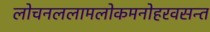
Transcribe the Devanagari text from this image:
लोचनललामलोकमनोहरवसन्त